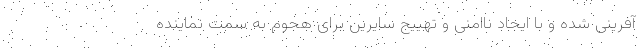
آفرینی شده و با ایجاد ناامنی و تهییج سایرین برای هجوم به سمت نماینده